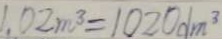
1 . 0 2 m ^ { 3 } = 1 0 2 0 d m ^ { 3 }